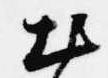
出